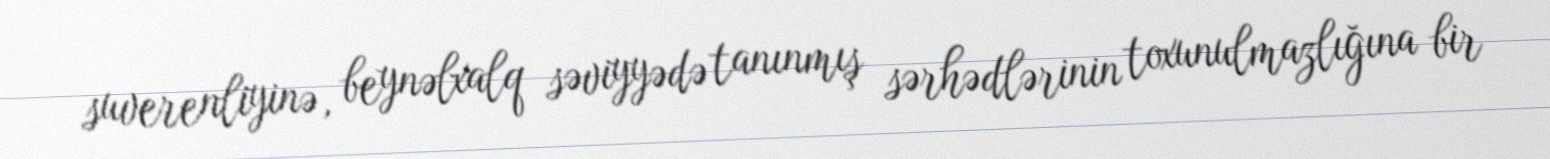
suverenliyinə, beynəlxalq səviyyədə tanınmış sərhədlərinin toxunulmazlığına bir